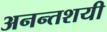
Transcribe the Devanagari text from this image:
अनन्तशयी